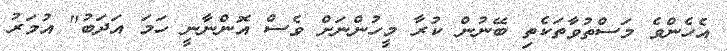
އެހެންވެ މަސްތުވާތަކެތި ބޭނުން ކުރާ މީހުންނަށް ވެސް އޮންނާނީ ހަމަ އަދަބު" އުމަރު